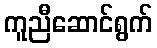
ကူညီဆောင်ရွက်